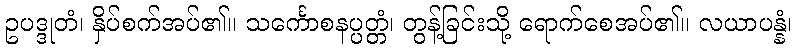
ဥပဒ္ဒုတံ၊ နှိပ်စက်အပ်၏။ သင်္ကောစနပ္ပတ္တံ၊ တွန့်ခြင်းသို့ ရောက်စေအပ်၏။ လယာပန္နံ၊